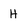
Character: H